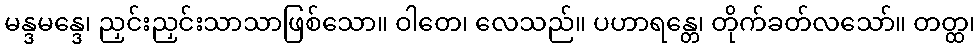
မန္ဒမန္ဒေ၊ ညှင်းညှင်းသာသာဖြစ်သော။ ဝါတေ၊ လေသည်။ ပဟာရန္တေ၊ တိုက်ခတ်လသော်။ တတ္ထ၊